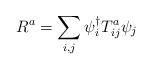
LaTeX: \begin{align*}R^a = \sum_{i,j}\psi^\dagger_i T^a_{ij} \psi_j\end{align*}